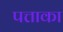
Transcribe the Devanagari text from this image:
पत्ताका